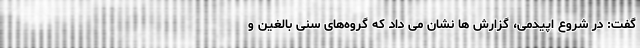
گفت: در شروع اپیدمی، گزارش ها نشان می داد که گروه‌های سنی بالغین و